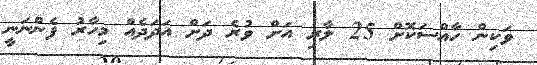
ވަކިން ހާއްސަކޮށް 25 ލާރި އަށް ވުރެ ދަށް އަދަދެއް މިހާރު ފެންނަނީ